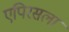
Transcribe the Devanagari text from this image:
एपिरसला